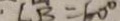
C B = 6 0 ^ { \circ }